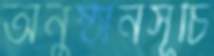
অনুষ্ঠানসূচি